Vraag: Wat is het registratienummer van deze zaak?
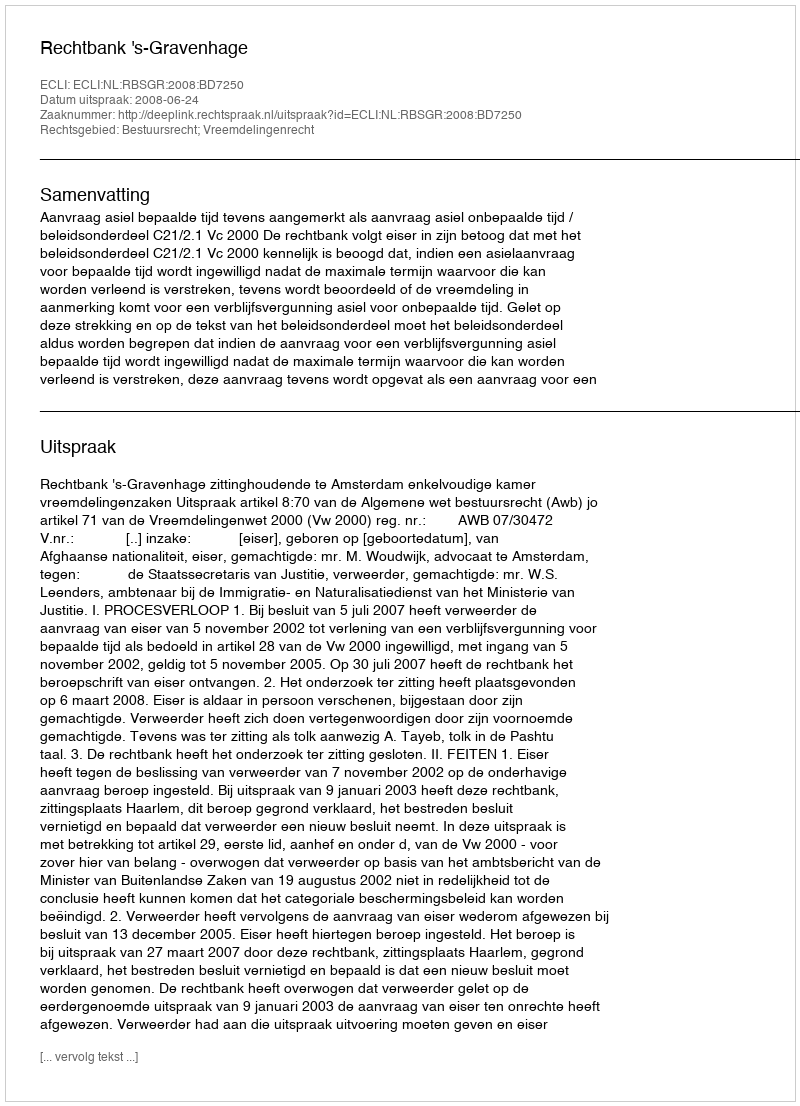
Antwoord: http://deeplink.rechtspraak.nl/uitspraak?id=ECLI:NL:RBSGR:2008:BD7250